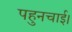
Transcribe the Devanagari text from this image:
पहुनचाई।